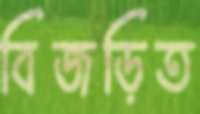
বিজড়িত